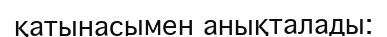
қатынасымен анықталады: